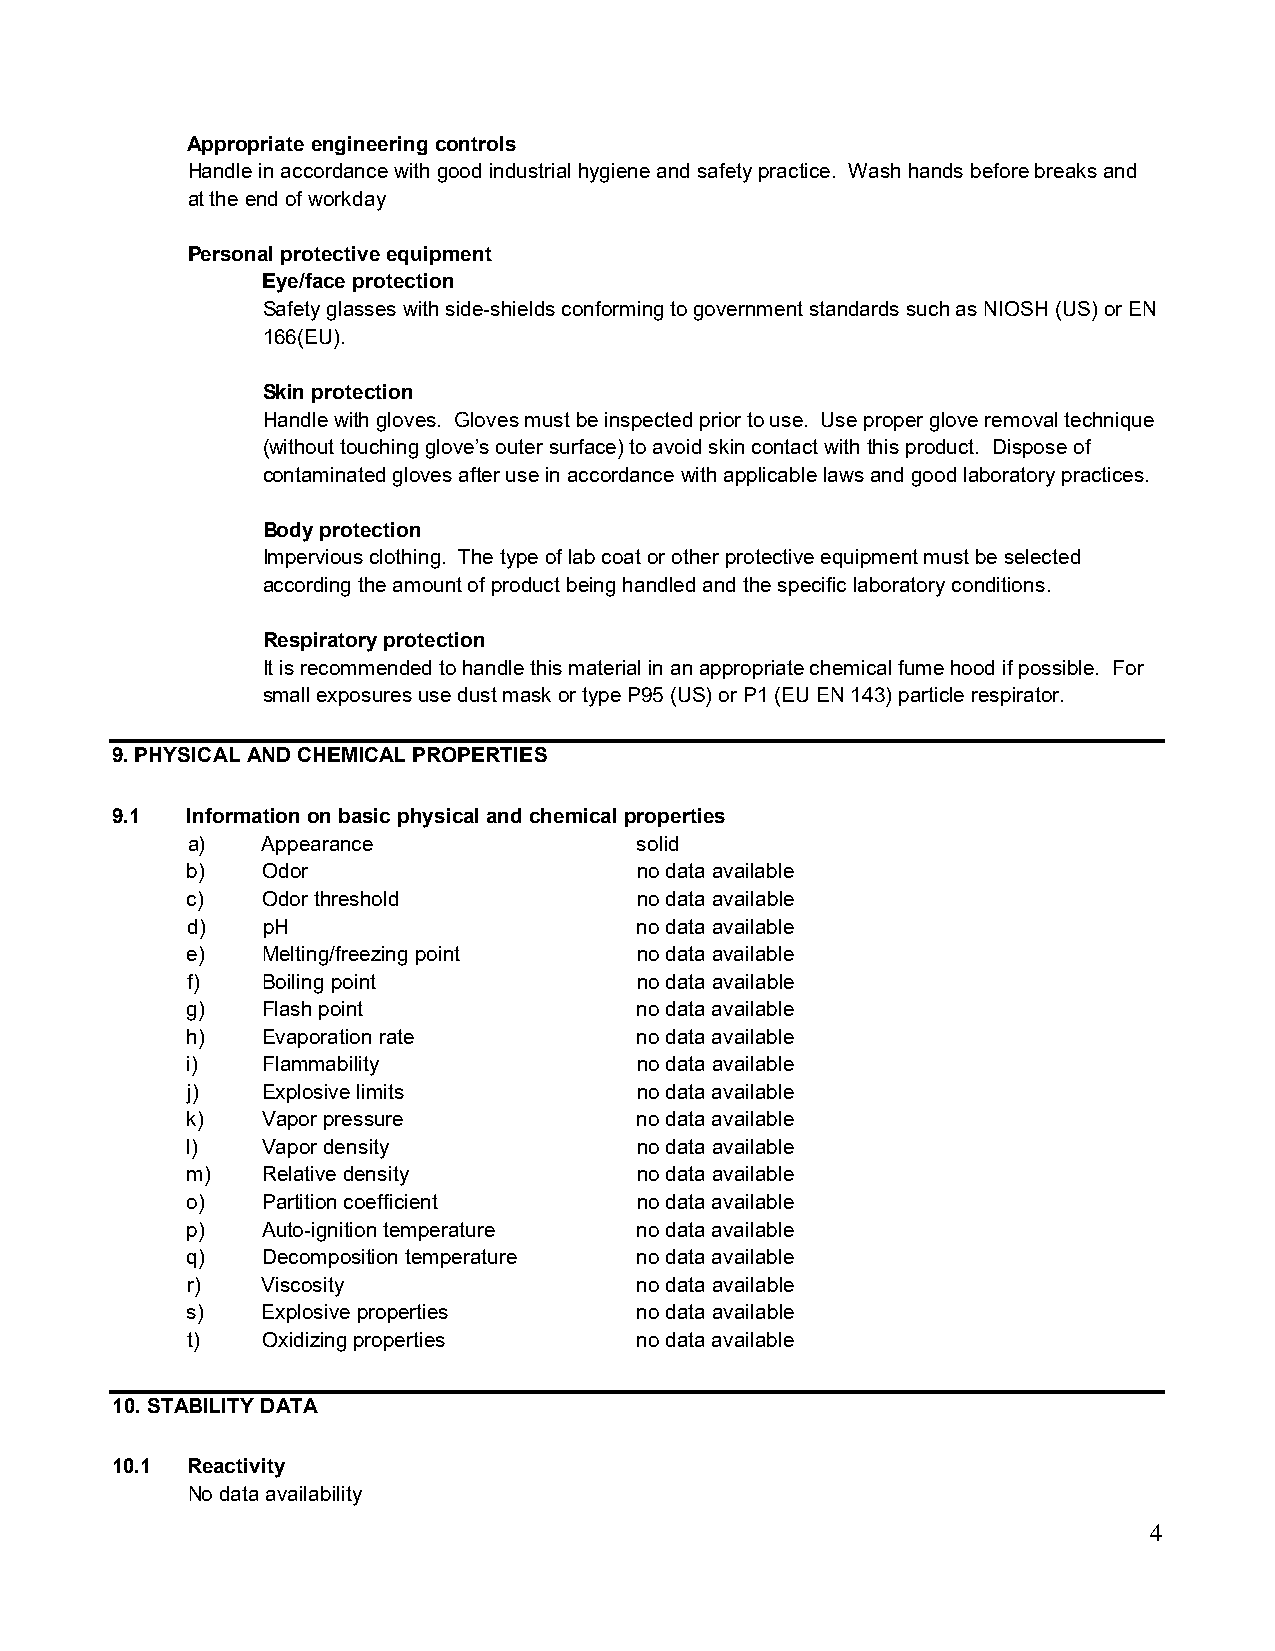
Appropriate engineering controls
 Handle in accordance with good industrial hygiene and safety practice. Wash hands before breaks and
 at the end of workday
 Personal protective equipment
 Eye/face protection
 Safety glasses with side-shields conforming to government standards such as NIOSH (US) or EN
 166(EU).
 Skin protection
 Handle with gloves. Gloves must be inspected prior to use. Use proper glove removal technique
 (without touching glove’s outer surface) to avoid skin contact with this product. Dispose of
 contaminated gloves after use in accordance with applicable laws and good laboratory practices.
 Body protection
 Impervious clothing. The type of lab coat or other protective equipment must be selected
 according the amount of product being handled and the specific laboratory conditions.
 Respiratory protection
 It is recommended to handle this material in an appropriate chemical fume hood if possible. For
 small exposures use dust mask or type P95 (US) or P1 (EU EN 143) particle respirator.
 9. PHYSICAL AND CHEMICAL PROPERTIES
 9.1  Information on basic physical and chemical properties
 a)   Appearance               solid
 b)   Odor                     no data available
 c)   Odor threshold           no data available
 d)   pH                       no data available
 e)   Melting/freezing point   no data available
 f)   Boiling point            no data available
 g)   Flash point              no data available
 h)   Evaporation rate         no data available
 i)   Flammability             no data available
 j)   Explosive limits         no data available
 k)   Vapor pressure           no data available
 l)   Vapor density            no data available
 m)   Relative density         no data available
 o)   Partition coefficient    no data available
 p)   Auto-ignition temperature no data available
 q)   Decomposition temperature no data available
 r)   Viscosity                no data available
 s)   Explosive properties     no data available
 t)   Oxidizing properties     no data available
 10. STABILITY DATA
 10.1 Reactivity
 No data availability
 4